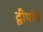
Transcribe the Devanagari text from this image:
द्वीपांचे